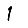
Digit: 1